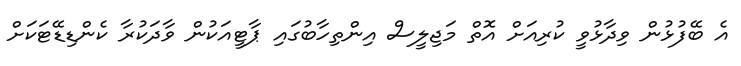
އެ ބޭފުޅުން ވިދާޅުވީ ކުރިއަށް އޮތް މަޖިލީސް އިންތިހާބުގައި ޕާޓީއަކުން ވާދަކުރާ ކެންޑިޑޭޓަކަށް